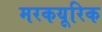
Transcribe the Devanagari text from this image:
मरकयूरिक